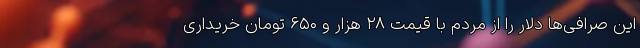
این صرافی‌ها دلار را از مردم با قیمت ۲۸ هزار و ۶۵۰ تومان خریداری